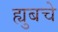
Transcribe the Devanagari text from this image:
ह्युबचे